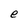
Character: e